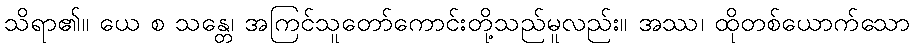
သိရာ၏။ ယေ စ သန္တေ၊ အကြင်သူတော်ကောင်းတို့သည်မူလည်း။ အဿ၊ ထိုတစ်ယောက်သော